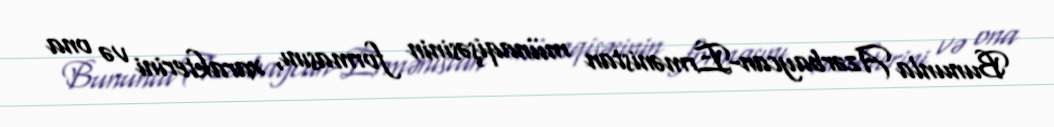
Bununla Azərbaycan-Ermənistan münaqişəsinin formasını, xarakterini və ona